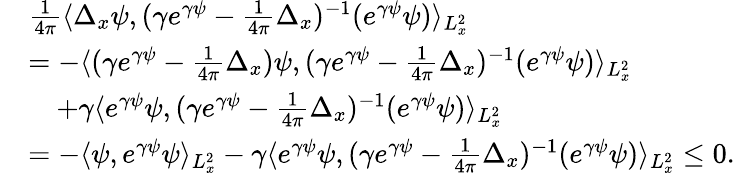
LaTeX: \begin{array}{rl}&{\frac{1}{4\pi}\langle\Delta_{x}\psi,(\gamma e^{\gamma\psi}-\frac{1}{4\pi}\Delta_{x})^{-1}(e^{\gamma\psi}\psi)\rangle_{L_{x}^{2}}}\\ &{=-\langle(\gamma e^{\gamma\psi}-\frac{1}{4\pi}\Delta_{x})\psi,(\gamma e^{\gamma\psi}-\frac{1}{4\pi}\Delta_{x})^{-1}(e^{\gamma\psi}\psi)\rangle_{L_{x}^{2}}}\\ &{\quad+\gamma\langle e^{\gamma\psi}\psi,(\gamma e^{\gamma\psi}-\frac{1}{4\pi}\Delta_{x})^{-1}(e^{\gamma\psi}\psi)\rangle_{L_{x}^{2}}}\\ &{=-\langle\psi,e^{\gamma\psi}\psi\rangle_{L_{x}^{2}}-\gamma\langle e^{\gamma\psi}\psi,(\gamma e^{\gamma\psi}-\frac{1}{4\pi}\Delta_{x})^{-1}(e^{\gamma\psi}\psi)\rangle_{L_{x}^{2}}\leq 0.}\end{array}